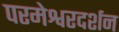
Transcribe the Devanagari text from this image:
परमेश्वरदर्शन